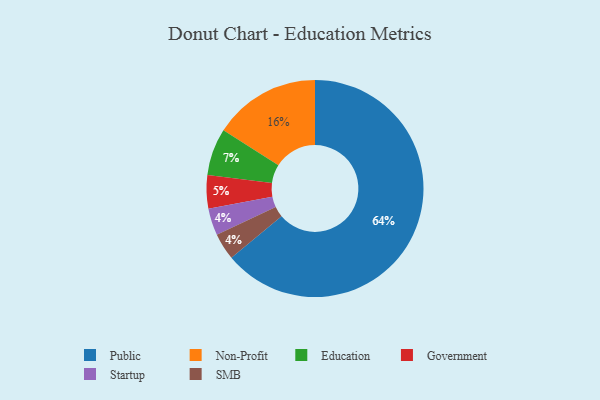
{"axis": {"x": "Category", "y": "Percentage"}, "legend": ["Education", "Government", "Non-Profit", "Public", "SMB", "Startup"], "data": [{"x": "Public", "y": 64, "type": "Public"}, {"x": "Startup", "y": 4, "type": "Startup"}, {"x": "Education", "y": 7, "type": "Education"}, {"x": "SMB", "y": 4, "type": "SMB"}, {"x": "Non-Profit", "y": 16, "type": "Non-Profit"}, {"x": "Government", "y": 5, "type": "Government"}]}